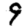
Digit: 9